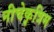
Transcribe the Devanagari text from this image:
नीचेकृत्रिम